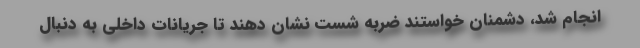
انجام شد، دشمنان خواستند ضربه شست نشان دهند تا جریانات داخلی به دنبال